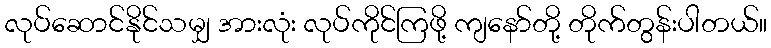
လုပ်ဆောင်နိုင်သမျှ အားလုံး လုပ်ကိုင်ကြဖို့ ကျနော်တို့ တိုက်တွန်းပါတယ်။